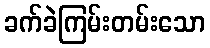
ခက်ခဲကြမ်းတမ်းသော